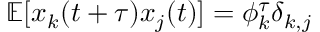
\mathbb { E } [ x _ { k } ( t + \tau ) x _ { j } ( t ) ] = \phi _ { k } ^ { \tau } \delta _ { k , j }